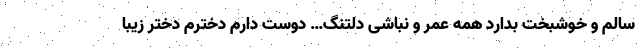
سالم و خوشبخت بدارد همه عمر و نباشی دلتنگ… دوست دارم دخترم دختر زیبا